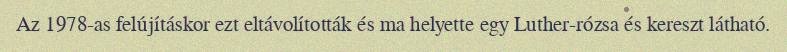
Az 1978-as felújításkor ezt eltávolították és ma helyette egy Luther-rózsa és kereszt látható.